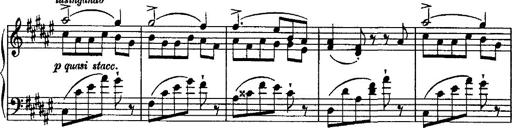
Title: Grande valse di bravura
Composer: Franz Liszt